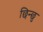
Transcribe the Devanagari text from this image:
छिन्छु